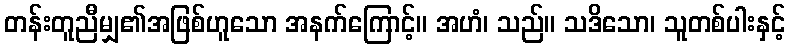
တန်းတူညီမျှ၏အဖြစ်ဟူသော အနက်ကြောင့်။ အဟံ၊ သည်။ သဒိသော၊ သူတစ်ပါးနှင့်